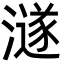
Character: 澻